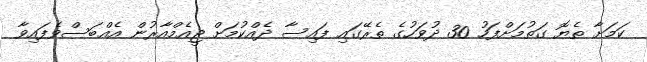
ކަމަށާ ތެޔޮ ގަތުމަށްފަހު 30 ދުވަހުގެ ތެރޭގައި ފައިސާ ދެއްކުމަށް ޖީއެމްއާރުން އެއްބަސްވެފައިވާ